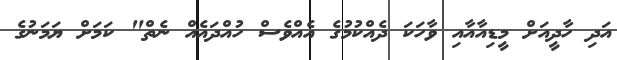
އަދި ހާދީއަށް މީޑިއާއާއި ވާހަކަ ދެއްކުމުގެ އެއްވެސް ހުއްދައެއް ނެތް" ކަމަށް ޔަމަނުގެ